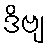
ဒိဗျ